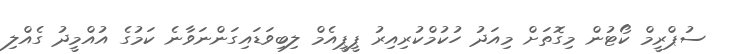
ސުޕްރީމް ކޯޓުން މިގޮތަށް މިއަދު ހުކުމްކުރިއިރު ޕީޕީއެމް ލިބިވަޑައިގަންނަވާނެ ކަމުގެ އުއްމީދު ގެއްލި